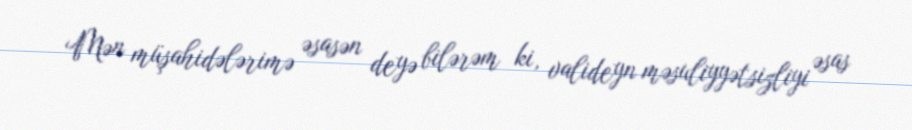
Mən müşahidələrimə əsasən deyə bilərəm ki, valideyn məsuliyyətsizliyi əsas